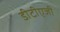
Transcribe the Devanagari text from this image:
डीटीएजी